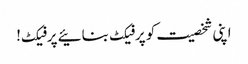
اپنی شخصیت کو پرفیکٹ بنائیے پرفیکٹ!